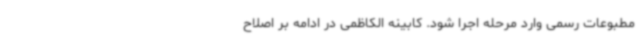
مطبوعات رسمی وارد مرحله اجرا شود. کابینه الکاظمی در ادامه بر اصلاح